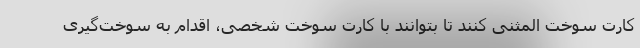
کارت سوخت المثنی کنند تا بتوانند با کارت سوخت شخصی، اقدام به سوخت‌گیری